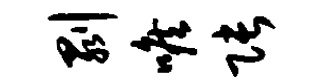
剥喉张